Annual report on the mental hospital in the Central Provinces and Berar (Nagpur) - 1927-1951
Year: 1927
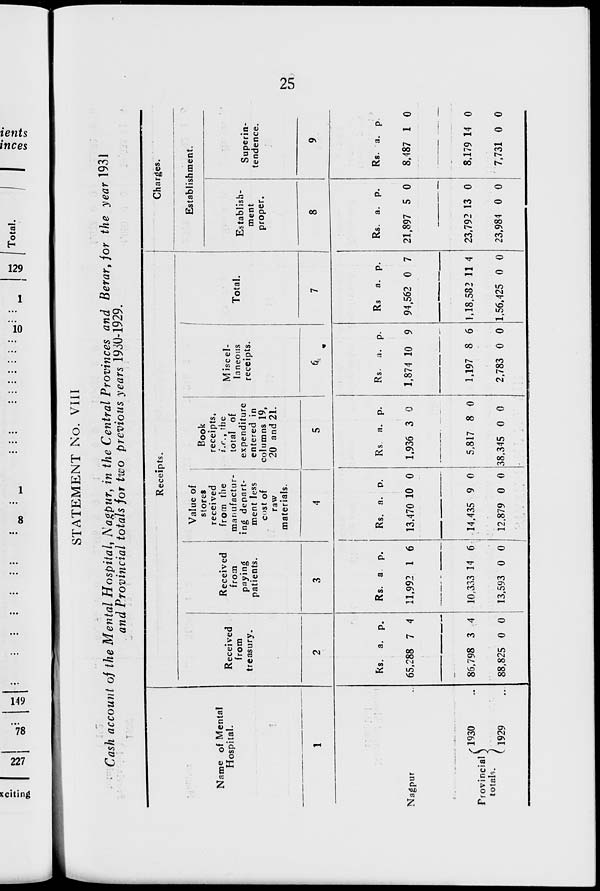
25
STATEMENT No. VIII
Cash account of the Mental Hospital, Nagpur, in the Central Provinces and Berar, for the year 1931
and Provincial totals for two previous years 1930-1929.
Name of Mental
Hospital.
1
Nagpur
Provincial
total.
1930 ...
1929 ...
Receipts.
Received
from
treasury.
2
Rs.
65,288
86,798
88,825
a.
7
3
0
p.
4
4
0
Received
from
paying
patients.
3
Rs.
11,992
10,333
13,593
a.
1
14
0
p.
6
6
0
Value of
stores
received
from the
manufactur-
ing depart-
ment less
cost of
raw
materials.
4
Rs.
13,470
14,435
12,879
a.
10
9
0
p.
0
0
0
Book
receipts,
i.e., the
total of
expenditure
entered in
columns 19,
20 and 21.
5
Rs.
1,936
5,817
38,345
a.
3
8
0
p.
0
0
0
Miscel-
laneous
receipts.
6
Rs.
1,874
1,197
2,783
a.
10
8
0
p.
9
6
0
Total.
7
Rs
94,562
1,18,582
1,56,425
a.
0
11
0
p.
7
4
0
Charges.
Establishment.
Establish-
ment
proper.
8
Rs.
21,897
23,792
23,984
a.
5
13
0
p.
0
0
0
Superin-
tendence.
9
Rs.
8,487
8,179
7,731
a.
1
14
0
p.
0
0
0